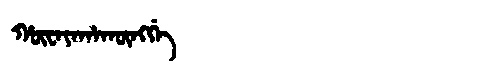
Manchu: ᡥᡡᠸᠠᠶᠠᡥᠠᡴᡡᠩᡤᡝ
Romanization: HŪWAYAHAKŪNGGE